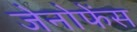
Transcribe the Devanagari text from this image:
जेनोफेंस